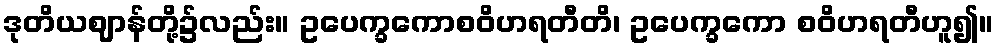
ဒုတိယဈာန်တို့၌လည်း။ ဥပေက္ခကောစဝိဟရတီတိ၊ ဥပေက္ခကော စဝိဟရတီဟူ၍။